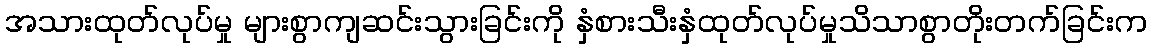
အသားထုတ်လုပ်မှု များစွာကျဆင်းသွားခြင်းကို နှံစားသီးနှံထုတ်လုပ်မှုသိသာစွာတိုးတက်ခြင်းက